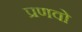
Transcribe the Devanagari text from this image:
प्रणवो